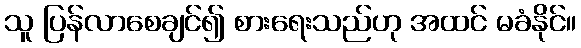
သူ ပြန်လာစေချင်၍ စားရေးသည်ဟု အထင် မခံနိုင်။